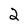
Character: 2